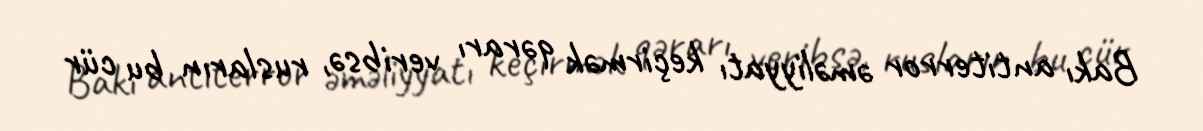
Bakı antiterror əməliyyatı keçirmək qərarı veribsə, rusların bu cür